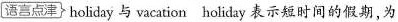
[语言点津}holiday 与 vacation holiday 表示短时间的假期,为